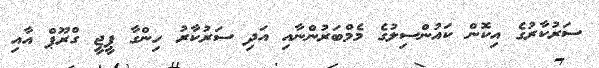
ސަރުކާރުގެ އިކޮން ކައުންސިލުގެ މެމްބަރުންނާއި އަދި ސަރުކާރު ހިންގާ ޕީޖީ ގްރޫޕް އާއި